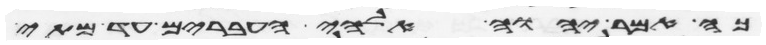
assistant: כה אמר יהוה אלהי העברים עד מתי